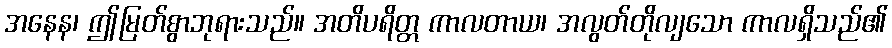
အနေန၊ ဤမြတ်စွာဘုရားသည်။ အတိပရိတ္တ ကာလတာယ၊ အလွတ်တိုလျသော ကာလရှိသည်၏